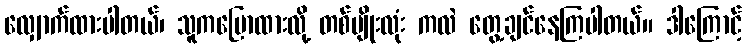
လျှောက်ထားပါတယ်၊ သူကပြောထားလို့ တစ်မျိုးလုံး ကလဲ တွေ့ချင်နေကြပါတယ်။ ဒါကြောင့်